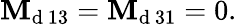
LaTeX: \mathbf{M}_{\mathrm{{d~13}}}=\mathbf{M}_{\mathrm{{d~31}}}=0.